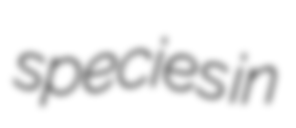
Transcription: species in